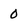
Character: 0